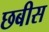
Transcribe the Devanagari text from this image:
छबीस